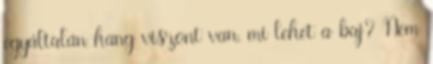
egyáltalán hang viszont van, mi lehet a baj? Nem